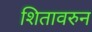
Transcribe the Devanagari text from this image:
शितावरुन